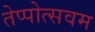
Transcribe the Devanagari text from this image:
तेप्पोत्सवम